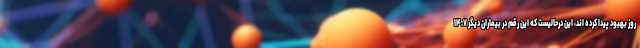
روز بهبود پیدا کرده اند، این درحالیست که این رقم در بیماران دیگر ۱۴.۷